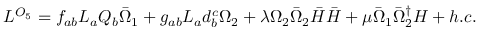
{ \cal L } ^ { { \cal O } _ { 5 } } = f _ { a b } L _ { a } Q _ { b } { \bar { \Omega } } _ { 1 } + g _ { a b } L _ { a } d _ { b } ^ { c } \Omega _ { 2 } + \lambda \Omega _ { 2 } { \bar { \Omega } } _ { 2 } { \bar { H } } { \bar { H } } + \mu { \bar { \Omega } } _ { 1 } { \bar { \Omega } } _ { 2 } ^ { \dagger } H + h . c .